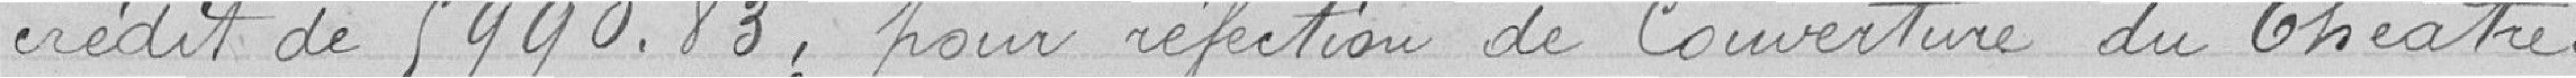
crédit de 5 990.83 francs pour réfection de couverture du Théâtre.